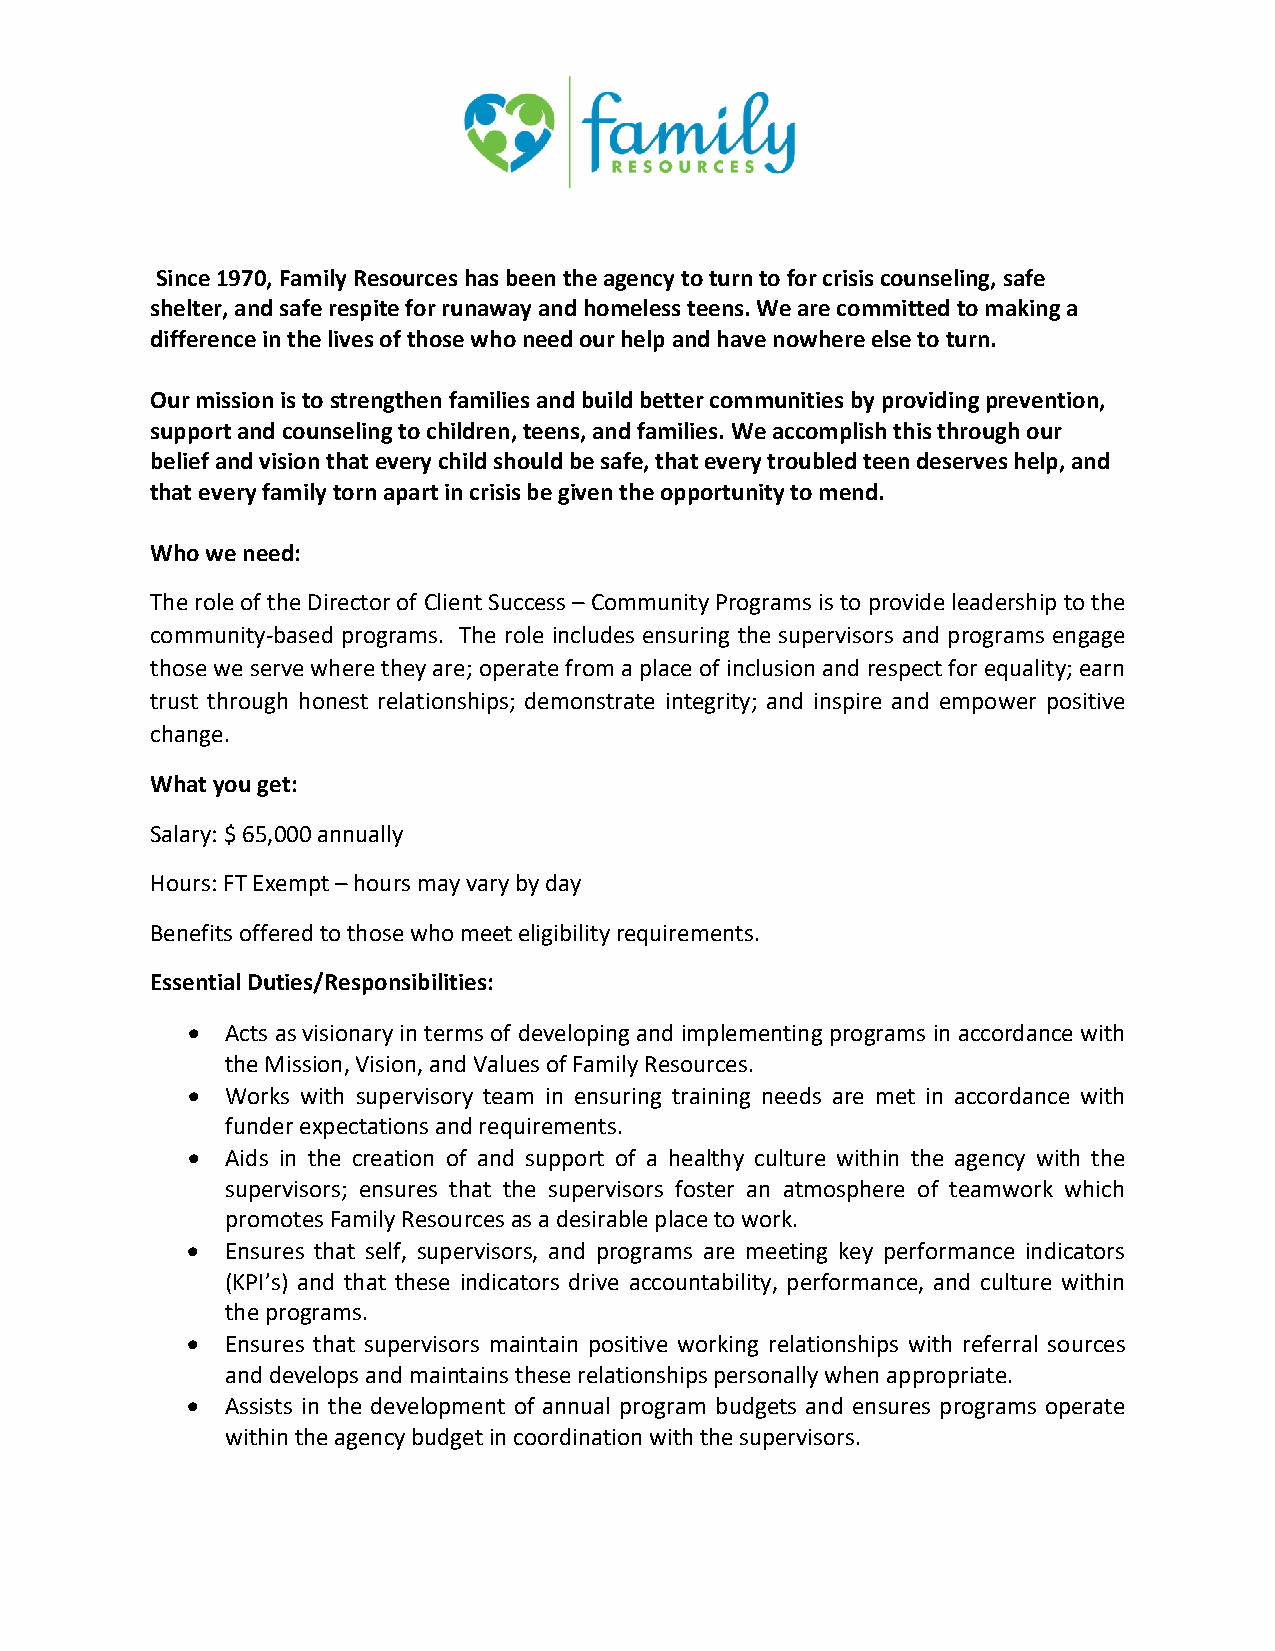
Since 1970, Family Resources has been the agency to turn to for crisis counseling, safe
 shelter, and safe respite for runaway and homeless teens. We are committed to making a
 difference in the lives of those who need our help and have nowhere else to turn.
 Our mission is to strengthen families and build better communities by providing prevention,
 support and counseling to children, teens, and families. We accomplish this through our
 belief and vision that every child should be safe, that every troubled teen deserves help, and
 that every family torn apart in crisis be given the opportunity to mend.
 Who we need:
 The role of the Director of Client Success – Community Programs is to provide leadership to the
 community-based programs. The role includes ensuring the supervisors and programs engage
 those we serve where they are; operate from a place of inclusion and respect for equality; earn
 trust through honest relationships; demonstrate integrity; and inspire and empower positive
 change.
 What you get:
 Salary: $ 65,000 annually
 Hours: FT Exempt – hours may vary by day
 Benefits offered to those who meet eligibility requirements.
 Essential Duties/Responsibilities:
 •  Acts as visionary in terms of developing and implementing programs in accordance with
 the Mission, Vision, and Values of Family Resources.
 •  Works with supervisory team in ensuring training needs are met in accordance with
 funder expectations and requirements.
 •  Aids in the creation of and support of a healthy culture within the agency with the
 supervisors; ensures that the supervisors foster an atmosphere of teamwork which
 promotes Family Resources as a desirable place to work.
 •  Ensures that self, supervisors, and programs are meeting key performance indicators
 (KPI’s) and that these indicators drive accountability, performance, and culture within
 the programs.
 •  Ensures that supervisors maintain positive working relationships with referral sources
 and develops and maintains these relationships personally when appropriate.
 •  Assists in the development of annual program budgets and ensures programs operate
 within the agency budget in coordination with the supervisors.